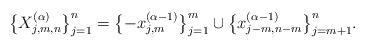
LaTeX: \begin{gather*}\big\{X^{(\alpha)}_{j,m,n}\big\}_{j=1}^n=\big\{{-}x_{j,m}^{(\alpha-1)}\big\}_{j=1}^m \cup\big\{x_{j-m,n-m}^{(\alpha-1)}\big\}_{j=m+1}^{n}.\end{gather*}